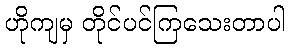
ဟိုကျမှ တိုင်ပင်ကြသေးတာပါ